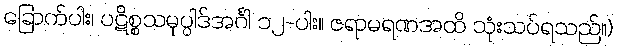
ခြောက်ပါး၊ ပဋိစ္စသမုပ္ပါဒ်အင်္ဂါ ၁၂-ပါး။ ဇရာမရဏအထိ သုံးသပ်ရသည်။)